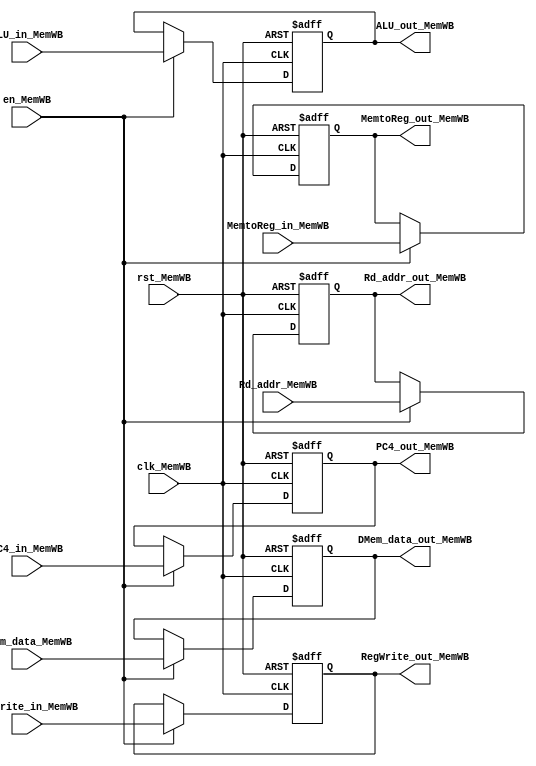
module Mem_reg_WB(clk_MemWB, rst_MemWB, en_MemWB, PC4_in_MemWB, 
  Rd_addr_MemWB, ALU_in_MemWB, DMem_data_MemWB, MemtoReg_in_MemWB, RegWrite_in_MemWB, 
  PC4_out_MemWB, Rd_addr_out_MemWB, ALU_out_MemWB, DMem_data_out_MemWB, MemtoReg_out_MemWB, 
  RegWrite_out_MemWB);
  input wire clk_MemWB;
  input wire rst_MemWB;
  input wire en_MemWB;
  input wire [31:0]PC4_in_MemWB;
  input wire [4:0]Rd_addr_MemWB;
  input wire [31:0]ALU_in_MemWB;
  input wire [31:0]DMem_data_MemWB;
  input wire [1:0]MemtoReg_in_MemWB;
  input wire RegWrite_in_MemWB;
  output reg [31:0]PC4_out_MemWB;
  output reg [4:0]Rd_addr_out_MemWB;
  output reg [31:0]ALU_out_MemWB;
  output reg [31:0]DMem_data_out_MemWB;
  output reg [1:0]MemtoReg_out_MemWB;
  output reg RegWrite_out_MemWB;

  always @(negedge clk_MemWB or posedge rst_MemWB) begin
    if(rst_MemWB) begin
      PC4_out_MemWB <= 32'b0;
      Rd_addr_out_MemWB <= 5'b0;
      ALU_out_MemWB <= 32'b0;
      DMem_data_out_MemWB <= 32'b0;
      MemtoReg_out_MemWB <= 2'b0;
      RegWrite_out_MemWB <= 1'b0;
    end else if(en_MemWB) begin
      PC4_out_MemWB <= PC4_in_MemWB;
      Rd_addr_out_MemWB <= Rd_addr_MemWB;
      ALU_out_MemWB <= ALU_in_MemWB;
      DMem_data_out_MemWB <= DMem_data_MemWB;
      MemtoReg_out_MemWB <= MemtoReg_in_MemWB;
      RegWrite_out_MemWB <= RegWrite_in_MemWB;
    end    
  end
endmodule